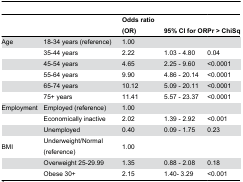
<table><thead><tr><td></td><td></td><td><b>Odds ratio (OR)</b></td><td><b>95% CI for OR</b></td><td><b>Pr &gt; ChiSq</b></td></tr></thead><tbody><tr><td>Age</td><td>18-34 years (reference)</td><td>1.00</td><td></td><td></td></tr><tr><td></td><td>35-44 years</td><td>2.22</td><td>1.03 - 4.80</td><td>0.04</td></tr><tr><td></td><td>45-54 years</td><td>4.65</td><td>2.25 - 9.60</td><td>&lt;0.0001</td></tr><tr><td></td><td>55-64 years</td><td>9.90</td><td>4.86 - 20.14</td><td>&lt;0.0001</td></tr><tr><td></td><td>65-74 years</td><td>10.12</td><td>5.09 - 20.11</td><td>&lt;0.0001</td></tr><tr><td></td><td>75+ years</td><td>11.41</td><td>5.57 - 23.37</td><td>&lt;0.0001</td></tr><tr><td>Employment</td><td>Employed (reference)</td><td>1.00</td><td></td><td></td></tr><tr><td></td><td>Economically inactive</td><td>2.02</td><td>1.39 - 2.92</td><td>&lt;0.001</td></tr><tr><td></td><td>Unemployed</td><td>0.40</td><td>0.09 - 1.75</td><td>0.23</td></tr><tr><td>BMI</td><td>Underweight/Normal (reference)</td><td>1.00</td><td></td><td></td></tr><tr><td></td><td>Overweight 25-29.99</td><td>1.35</td><td>0.88 - 2.08</td><td>0.18</td></tr><tr><td></td><td>Obese 30+</td><td>2.15</td><td>1.40- 3.29</td><td>&lt;0.001</td></tr></tbody></table>